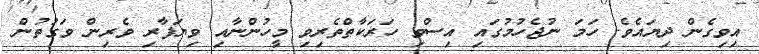
އިވިގެން ދިޔައެވެ. ހަމަ ނުޖެހުމުގައި އިސްވި ހަރަކާތްތެރިވި މީހުންނާއި ވިޔަފާރި ވެރިން ވަގުތުން